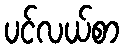
ပင်လယ်စာ